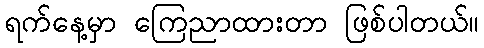
ရက်နေ့မှာ ကြေညာထားတာ ဖြစ်ပါတယ်။